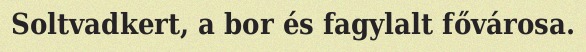
Soltvadkert, a bor és fagylalt fővárosa.